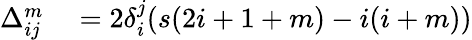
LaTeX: \begin{array}{rl}{\Delta_{ij}^{m}}&{{}=2\delta_{i}^{j}(s(2i+1+m)-i(i+m))}\end{array}